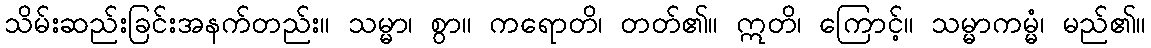
သိမ်းဆည်းခြင်းအနက်တည်း။ သမ္မာ၊ စွာ။ ကရောတိ၊ တတ်၏။ ဣတိ၊ ကြောင့်။ သမ္မာကမ္မံ၊ မည်၏။